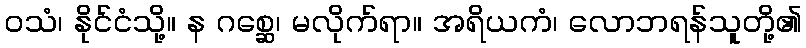
ဝသံ၊ နိုင်ငံသို့။ န ဂစ္ဆေ၊ မလိုက်ရာ။ အရိယကံ၊ လောဘရန်သူတို့၏